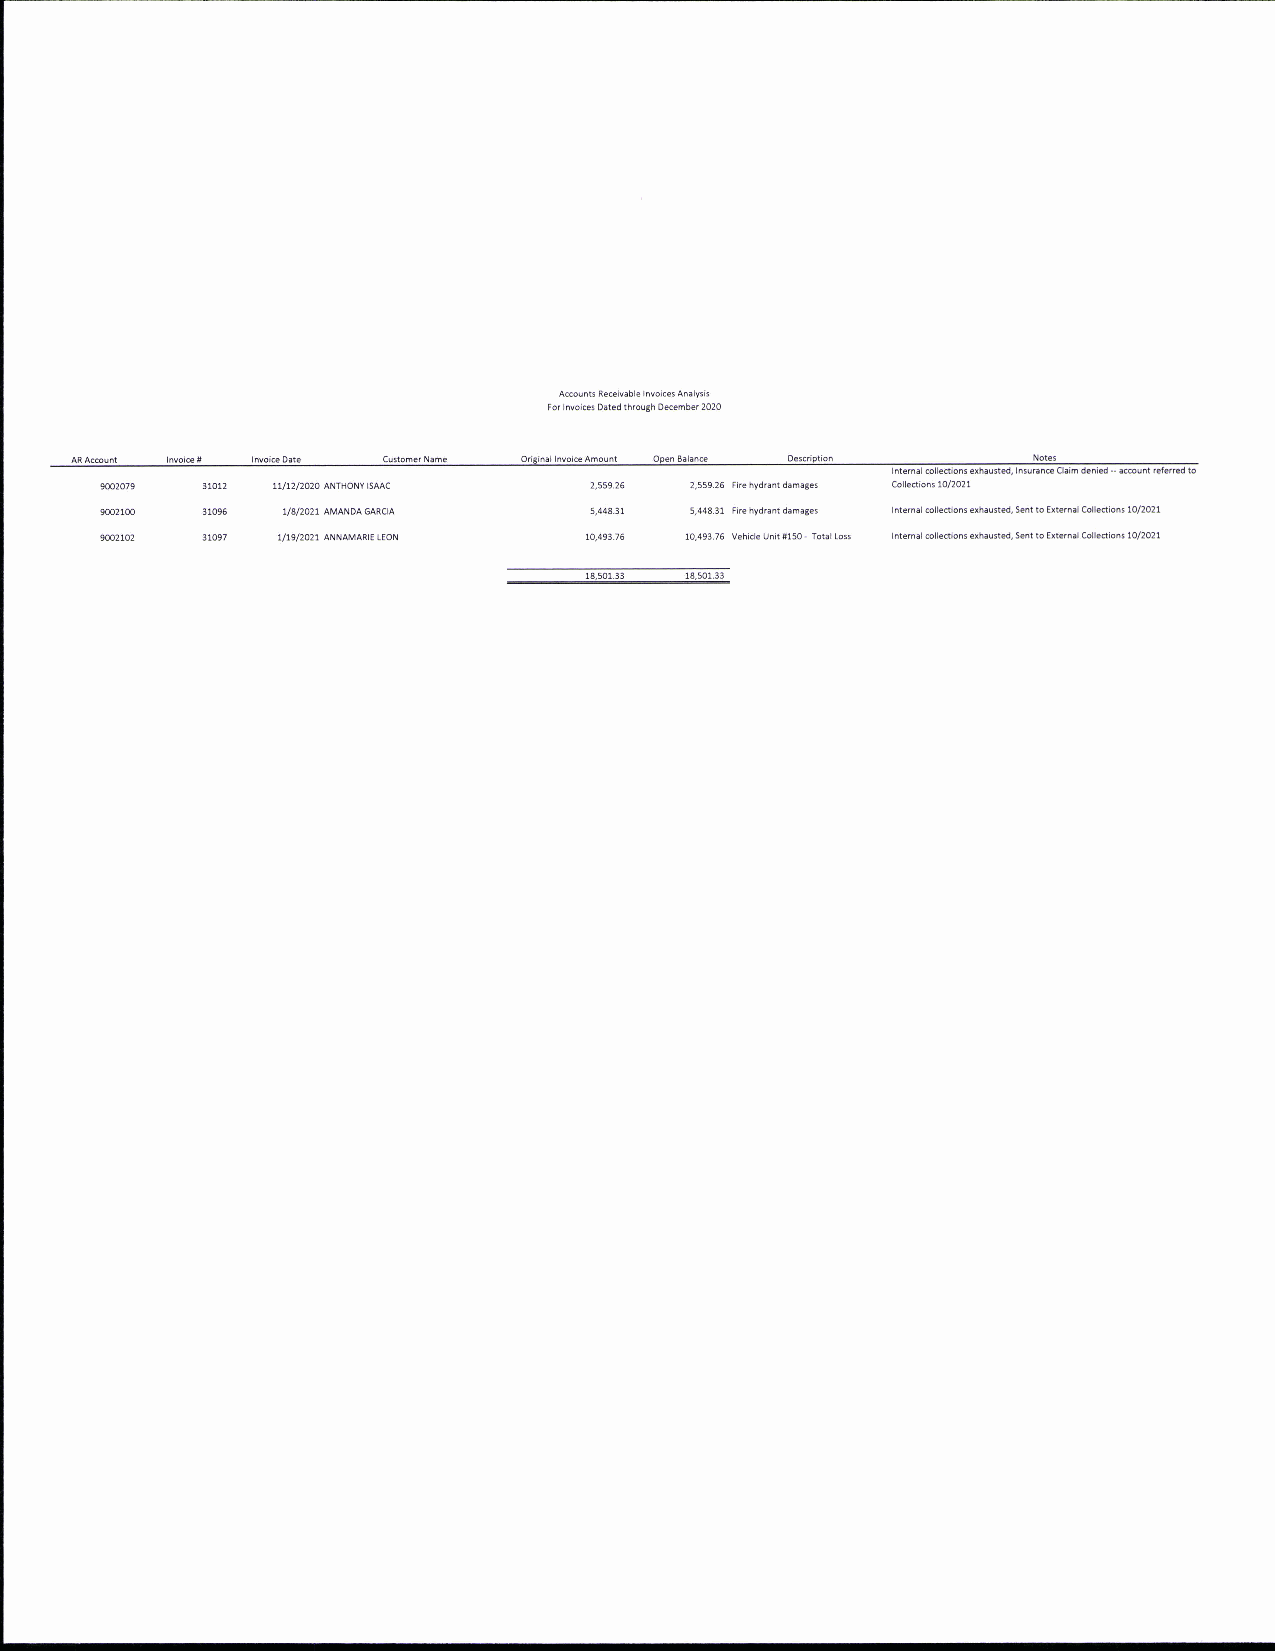
Accounts Reeivable Invoic€s Analyrts
 Forlnvoices0atedthrouth0€cember2020
 AR Acount lnvoief Invole Dat. Cu*omer Nahe OriSinll lnvoice Amount Open Balance D.scriPtion Not€s
 lhtern.l@lledionr€xh.u*d.lniunn@Cl.imdlnid-a@untr.lerrcdto
 9m2079                          2,559.25 2,559-25 ttehydrantdamaBes Colledions 10/2021
 9@21m 31096 1/8/2021 AMANDA GARCTA 5,448.31 5,&8-31 fre hydrant damages lnternal @ll.diont exh.u*d, sent to E(.h.| Coll.dions 102021
 9m2102 31097 1/19/2021 ANNMARTE IEON 10,493.76 10.493.75 V€hicleUnjtrl5o-TotalLo5s lnternalcolledlont€xhau*d,S.nttoExtehalColl€dion!10/2021